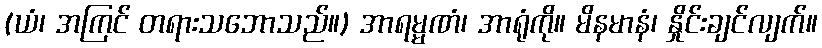
(ယံ၊ အကြင် တရားသဘောသည်။) အာရမ္မဏံ၊ အာရုံကို။ မိနမာနံ၊ နှိုင်းချင်လျက်။